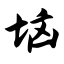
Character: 垴